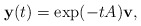
\begin{align*}{\bf y}(t)=\exp(-tA){\bf v},\end{align*}